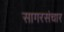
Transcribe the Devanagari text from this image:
सागरसंचार